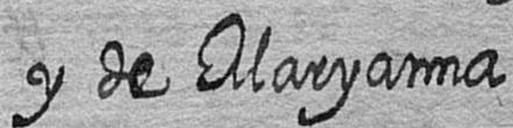
y de Maryanna